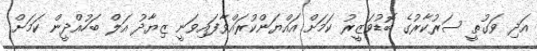
އަދި ވަގުތީ ސަރުކާރުގެ ބޮޑުވަޒީރު ކަމަށް އައްޔަންކުރައްވާފައިވަނީ ޒިޔާދު އަލް ބަހުއްދީން ކަމަށް